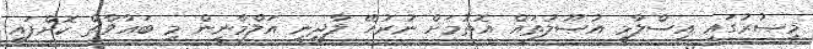
މިޞުރުގައި އިސްލާމީ އުޞޫލުތައް އޮތުމަށް ނުރުހޭ ލާދީނީ އަލްމާނީން މި ބަޣާވާތް ކޮށްފައި